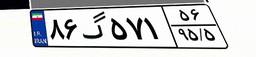
۸۶گ۵۷۱۵۶